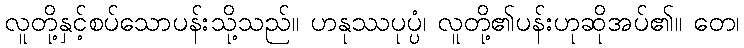
လူတို့နှင့်စပ်သောပန်းသို့သည်။ ဟနုဿပုပ္ပံ၊ လူတို့၏ပန်းဟုဆိုအပ်၏။ တေ၊